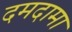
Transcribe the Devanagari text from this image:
दमदामा